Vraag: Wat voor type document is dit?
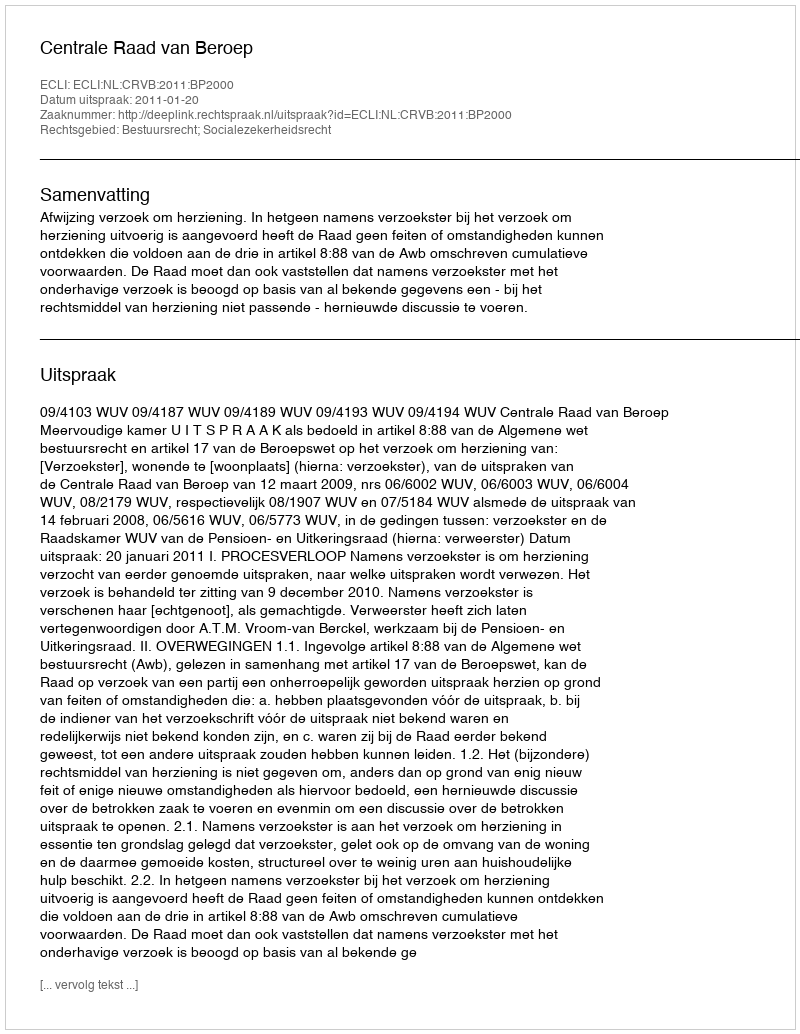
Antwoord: Uitspraak